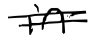
Text: in
Cross-out: double-line
Writing tool: digital_black